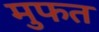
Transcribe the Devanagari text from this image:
मुफत